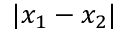
\vert x _ { 1 } - x _ { 2 } \vert